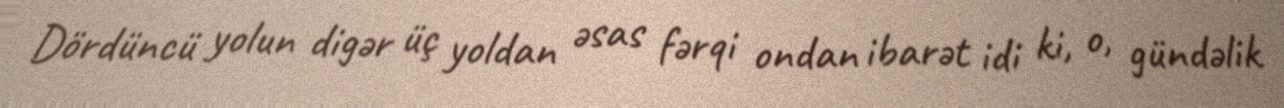
Dördüncü yolun digər üç yoldan əsas fərqi ondan ibarət idi ki, o, gündəlik